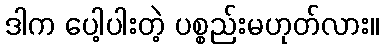
ဒါက ပေါ့ပါးတဲ့ ပစ္စည်းမဟုတ်လား။